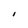
Character: I